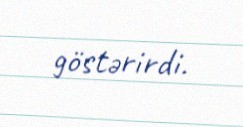
göstərirdi.